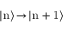
\ensuremath { \left| { \mathrm { n } } \right\rangle } \! \rightarrow \! \ensuremath { \left| { \mathrm { n + 1 } } \right\rangle }